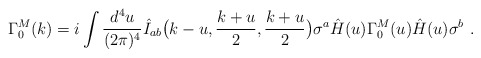
\begin{align*}\Gamma_0^M(k) = i \int{d^4u \over (2 \pi)^4} \hat I_{ab} \big (k-u, {k+u \over 2}, {k+u \over 2} \big ) \sigma^a \hat H(u)\Gamma_0^M(u) \hat H(u) \sigma^b \ .\end{align*}